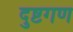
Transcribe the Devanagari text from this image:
दुष्टगण